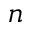
n